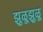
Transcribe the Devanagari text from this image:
झुळूझुळू